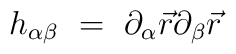
h_{\alpha\beta}\ =\ \partial_\alpha\vec r\partial_\beta\vec r